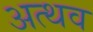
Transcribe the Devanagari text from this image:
अत्थव